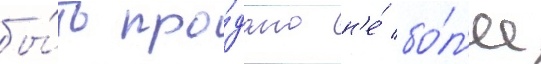
бы́ть про́дано н'е́ бо́л'ее